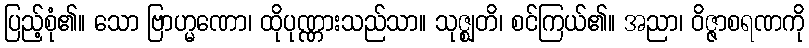
ပြည့်စုံ၏။ သော ဗြာဟ္မဏော၊ ထိုပုဏ္ဏားသည်သာ။ သုဇ္ဈတိ၊ စင်ကြယ်၏။ အညာ၊ ဝိဇ္ဇာစရဏကို